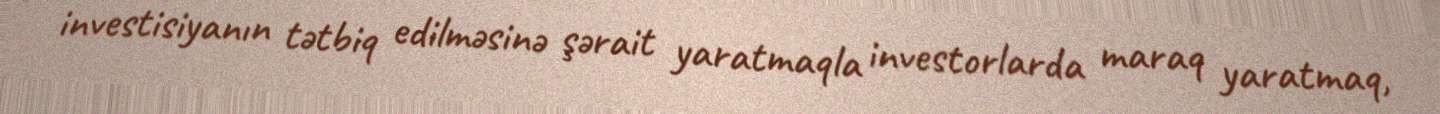
investisiyanın tətbiq edilməsinə şərait yaratmaqla investorlarda maraq yaratmaq,